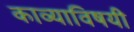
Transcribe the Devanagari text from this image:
काव्याविषयी